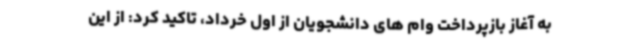
به آغاز بازپرداخت وام های دانشجویان از اول خرداد، تاکید کرد: از این